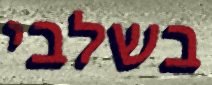
בשלבי